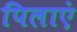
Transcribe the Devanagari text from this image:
पिलाएं